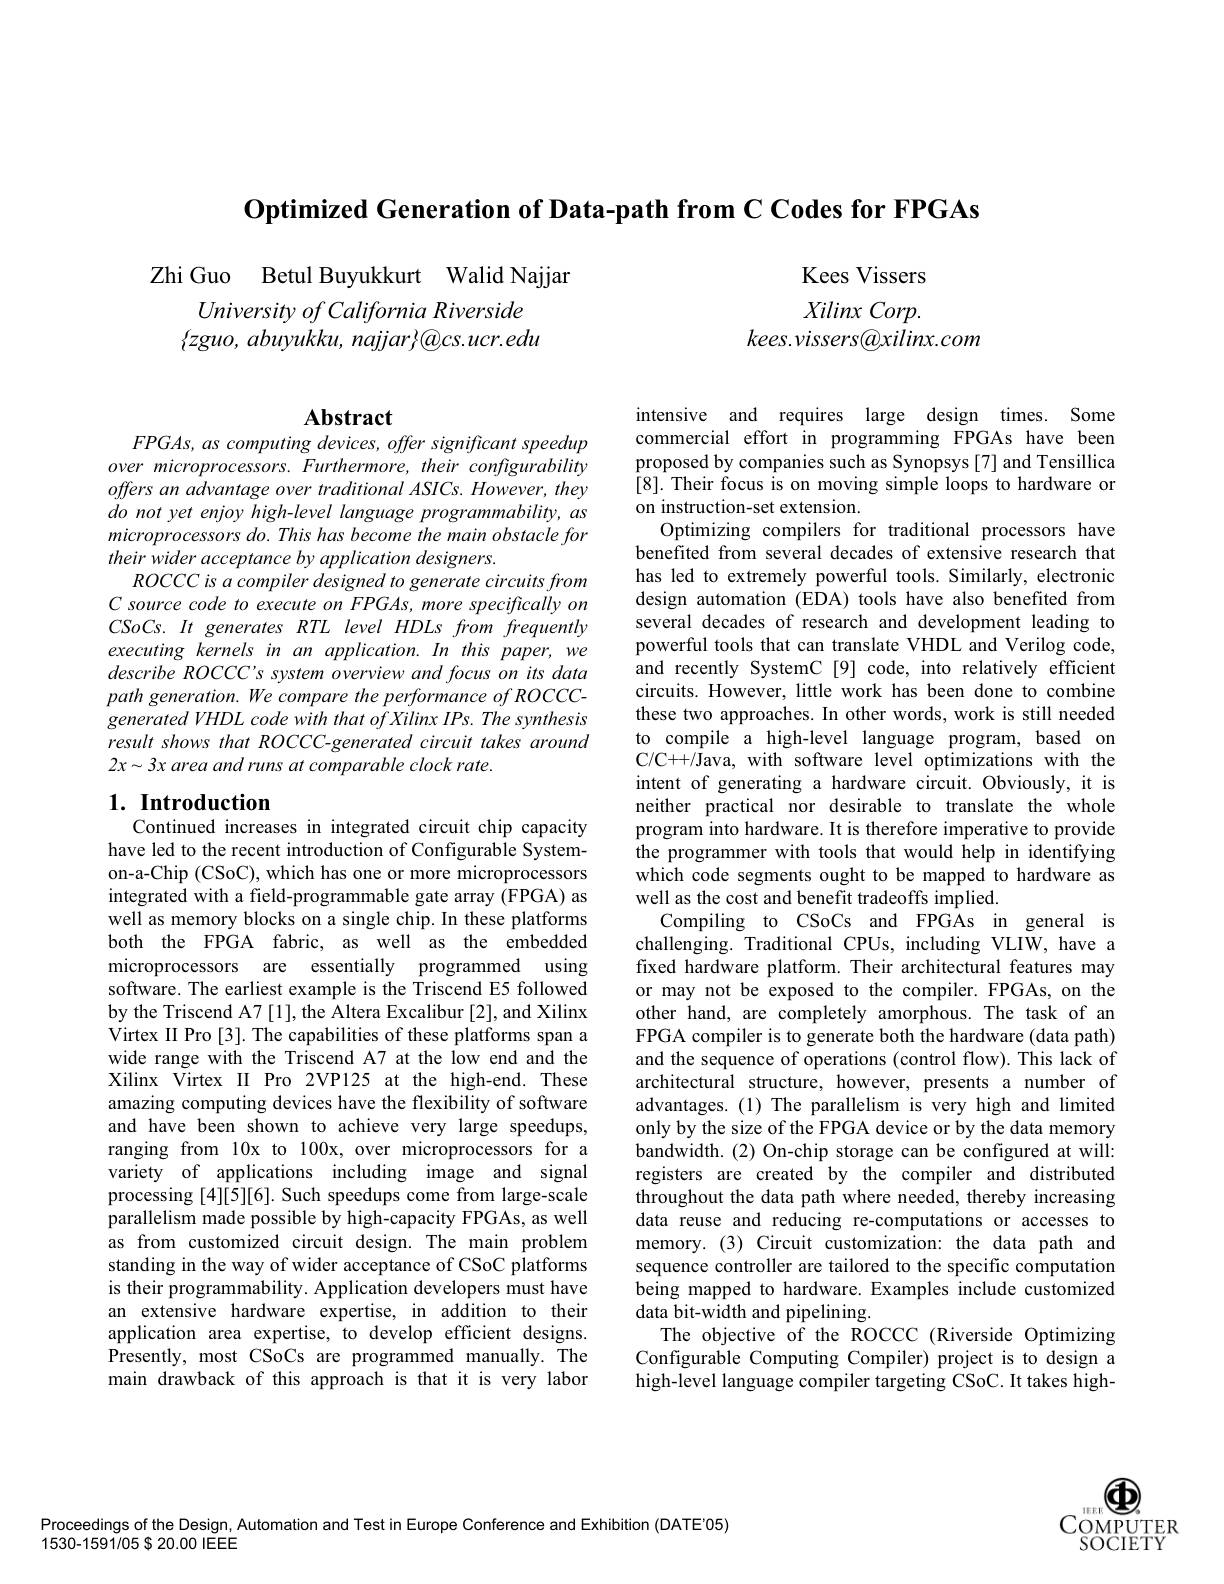
Optimized Generation of Data-path from C Codes for FPGAs

Zhi Guo Betul Buyukkurt Walid Najjar
University of California Riverside $\{zguo,abuyukku,najjar\}@cs.ucr.edu$

Kees Vissers $Xilinx\textit{Corp. }$
kees.vissers@xilinx.com

## Abstract $FPGAs, as\textit{ computing devices, offer significant speedup}$

over microprocessors. Furthermore, their configurability offers an advantage over traditional ASICs. However, they do not yet enjoy high-level language programmability, as microprocessors do. This has become the main obstacle for their wider acceptance by application designers.
ROCCC is a compiler designed to generate circuits from $C$ source code to execute on FPGAs, more specifically on $CSoCs.It$ generates RTL level HDLs from frequently executing kernels in an application. In this paper, we describe ROCCC's system overview and focus on its data path generation. We compare the performance of ROCCCgenerated VHDL code with that of Xilinx IPs. The synthesis result shows that ROCCC-generated circuit takes around $2x\sim3x$ area and runs at comparable clock rate.

## 1. Introduction Continued increases in integrated circuit chip capacity

have led to the recent introduction of Configurable Systemon-a-Chip (CSoC), which has one or more microprocessors integrated with a field-programmable gate array (FPGA) as well as memory blocks on a single chip. In these platforms both the FPGA fabric, as well as the embedded microprocessors are essentially programmed using software. The earliest example is the Triscend E5 followed by the Triscend A7 [1], the Altera Excalibur [2], and Xilinx Virtex II Pro [3]. The capabilities of these platforms span a wide range with the Triscend A7 at the low end and the Xilinx Virtex II Pro 2VP125 at the high-end. These amazing computing devices have the flexibility of software and have been shown to achieve very large speedups, ranging from l0x to 100x, over microprocessors for a variety of applications including image and signal processing [4][5][6]. Such speedups come from large-scale parallelism made possible by high-capacity FPGAs, as well as from customized circuit design. The main problem standing in the way of wider acceptance of CSoC platforms is their programmability. Application developers must have an extensive hardware expertise, in addition to their application area expertise, to develop efficient designs. Presently, most CSoCs are programmed manually. The main drawback of this approach is that it is very labor

intensive and requires large design times. Some commercial effort in programming FPGAs have been proposed by companies such as Synopsys[7] and Tensillica [8]. Their focus is on moving simple loops to hardware or on instruction-set extension.
Optimizing compilers for traditional processors have benefited from several decades of extensive research that has led to extremely powerful tools. Similarly, electronic design automation (EDA) tools have also benefited from several decades of research and development leading to powerful tools that can translate VHDL and Verilog code, and recently SystemC[9] code, into relatively efficient circuits. However, little work has been done to combine these two approaches. In other words, work is still needed to compile a high-level language program, based on C/C++/Java, with software level optimizations with the intent of generating a hardware circuit. Obviously, it is neither practical nor desirable to translate the whole program into hardware. It is therefore imperative to provide the programmer with tools that would help in identifying which code segments ought to be mapped to hardware as well as the cost and benefit tradeoffs implied.
Compiling to CSoCs and FPGAs in general is challenging. Traditional CPUs, including VLIW, have a fixed hardware platform. Their architectural features may or may not be exposed to the compiler. FPGAs, on the other hand, are completely amorphous. The task of an FPGA compiler is to generate both the hardware (data path) and the sequence of operations (control flow). This lack of architectural structure, however, presents a number of advantages. (1) The parallelism is very high and limited only by the size of the FPGA device or by the data memory bandwidth.(2) On-chip storage can be configured at will: registers are created by the compiler and distributed throughout the data path where needed, thereby increasing data reuse and reducing re-computations or accesses to memory.(3) Circuit customization: the data path and sequence controller are tailored to the specific computation being mapped to hardware.Examples include customized data bit-width and pipelining.
The objective of the ROCCC (Riverside Optimizing Configurable Computing Compiler) project is to design a high-level language compiler targeting CSoC. It takes high-

db
$1EEEE$
COMPUTER $\bar{\mathrm{SOCIETY}}$

Proceedings of the Design, Automation and Test in Europe Conference and Exhibition (DATE'05)
1530-1591/05 $20.00 IEEE